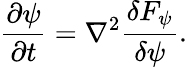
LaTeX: \frac{\partial\psi}{\partial t}=\nabla^{2}\frac{\delta F_{\psi}}{\delta\psi}.